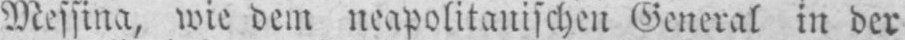
Messina, wie dem neapolitanischen General in der